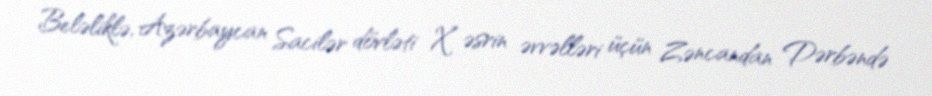
Beləliklə, Azərbaycan Sacilər dövləti X əsrin əvvəlləri üçün Zəncandan Dərbəndə